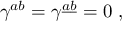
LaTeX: \gamma ^ { a b } = \gamma ^ { \underline { { a } } \underline { { b } } } = 0 \ ,